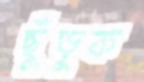
ছুঁড়ুক